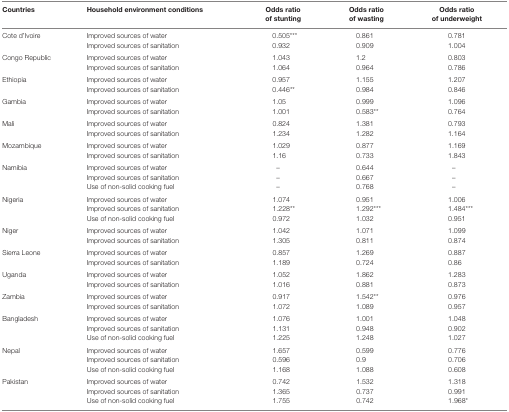
<table><thead><tr><td><b>Countries</b></td><td><b>Household environment conditions</b></td><td><b>Odds ratio of stunting</b></td><td><b>Odds ratio of wasting</b></td><td><b>Odds ratio of underweight</b></td></tr></thead><tbody><tr><td rowspan="2">Cote d’Ivoire</td><td>Improved sources of water</td><td>0.505***</td><td>0.861</td><td>0.781</td></tr><tr><td>Improved sources of sanitation</td><td>0.932</td><td>0.909</td><td>1.004</td></tr><tr><td rowspan="2">Congo Republic</td><td>Improved sources of water</td><td>1.043</td><td>1.2</td><td>0.803</td></tr><tr><td>Improved sources of sanitation</td><td>1.064</td><td>0.964</td><td>0.786</td></tr><tr><td rowspan="2">Ethiopia</td><td>Improved sources of water</td><td>0.957</td><td>1.155</td><td>1.207</td></tr><tr><td>Improved sources of sanitation</td><td>0.446**</td><td>0.984</td><td>0.846</td></tr><tr><td rowspan="2">Gambia</td><td>Improved sources of water</td><td>1.05</td><td>0.999</td><td>1.096</td></tr><tr><td>Improved sources of sanitation</td><td>1.001</td><td>0.583**</td><td>0.764</td></tr><tr><td rowspan="2">Mali</td><td>Improved sources of water</td><td>0.824</td><td>1.381</td><td>0.793</td></tr><tr><td>Improved sources of sanitation</td><td>1.234</td><td>1.282</td><td>1.164</td></tr><tr><td rowspan="2">Mozambique</td><td>Improved sources of water</td><td>1.029</td><td>0.877</td><td>1.169</td></tr><tr><td>Improved sources of sanitation</td><td>1.16</td><td>0.733</td><td>1.843</td></tr><tr><td rowspan="3">Namibia</td><td>Improved sources of water</td><td>–</td><td>0.644</td><td>–</td></tr><tr><td>Improved sources of sanitation</td><td>–</td><td>0.667</td><td>–</td></tr><tr><td>Use of non-solid cooking fuel</td><td>–</td><td>0.768</td><td>–</td></tr><tr><td rowspan="3">Nigeria</td><td>Improved sources of water</td><td>1.074</td><td>0.951</td><td>1.006</td></tr><tr><td>Improved sources of sanitation</td><td>1.228**</td><td>1.292***</td><td>1.484***</td></tr><tr><td>Use of non-solid cooking fuel</td><td>0.972</td><td>1.032</td><td>0.951</td></tr><tr><td rowspan="2">Niger</td><td>Improved sources of water</td><td>1.042</td><td>1.071</td><td>1.099</td></tr><tr><td>Improved sources of sanitation</td><td>1.305</td><td>0.811</td><td>0.874</td></tr><tr><td rowspan="2">Sierra Leone</td><td>Improved sources of water</td><td>0.857</td><td>1.269</td><td>0.887</td></tr><tr><td>Improved sources of sanitation</td><td>1.189</td><td>0.724</td><td>0.86</td></tr><tr><td rowspan="2">Uganda</td><td>Improved sources of water</td><td>1.052</td><td>1.862</td><td>1.283</td></tr><tr><td>Improved sources of sanitation</td><td>1.016</td><td>0.881</td><td>0.873</td></tr><tr><td rowspan="2">Zambia</td><td>Improved sources of water</td><td>0.917</td><td>1.542**</td><td>0.976</td></tr><tr><td>Improved sources of sanitation</td><td>1.072</td><td>1.089</td><td>0.957</td></tr><tr><td rowspan="3">Bangladesh</td><td>Improved sources of water</td><td>1.076</td><td>1.001</td><td>1.048</td></tr><tr><td>Improved sources of sanitation</td><td>1.131</td><td>0.948</td><td>0.902</td></tr><tr><td>Use of non-solid cooking fuel</td><td>1.225</td><td>1.248</td><td>1.027</td></tr><tr><td rowspan="3">Nepal</td><td>Improved sources of water</td><td>1.657</td><td>0.599</td><td>0.776</td></tr><tr><td>Improved sources of sanitation</td><td>0.596</td><td>0.9</td><td>0.706</td></tr><tr><td>Use of non-solid cooking fuel</td><td>1.168</td><td>1.088</td><td>0.608</td></tr><tr><td rowspan="3">Pakistan</td><td>Improved sources of water</td><td>0.742</td><td>1.532</td><td>1.318</td></tr><tr><td>Improved sources of sanitation</td><td>1.365</td><td>0.737</td><td>0.991</td></tr><tr><td>Use of non-solid cooking fuel</td><td>1.755</td><td>0.742</td><td>1.968*</td></tr></tbody></table>